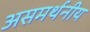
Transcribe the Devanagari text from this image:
असमर्थनीय